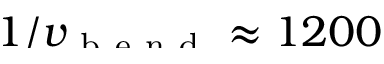
\smash { 1 / v _ { \mathrm { ~ b ~ e ~ n ~ d ~ } } \approx 1 2 0 0 }